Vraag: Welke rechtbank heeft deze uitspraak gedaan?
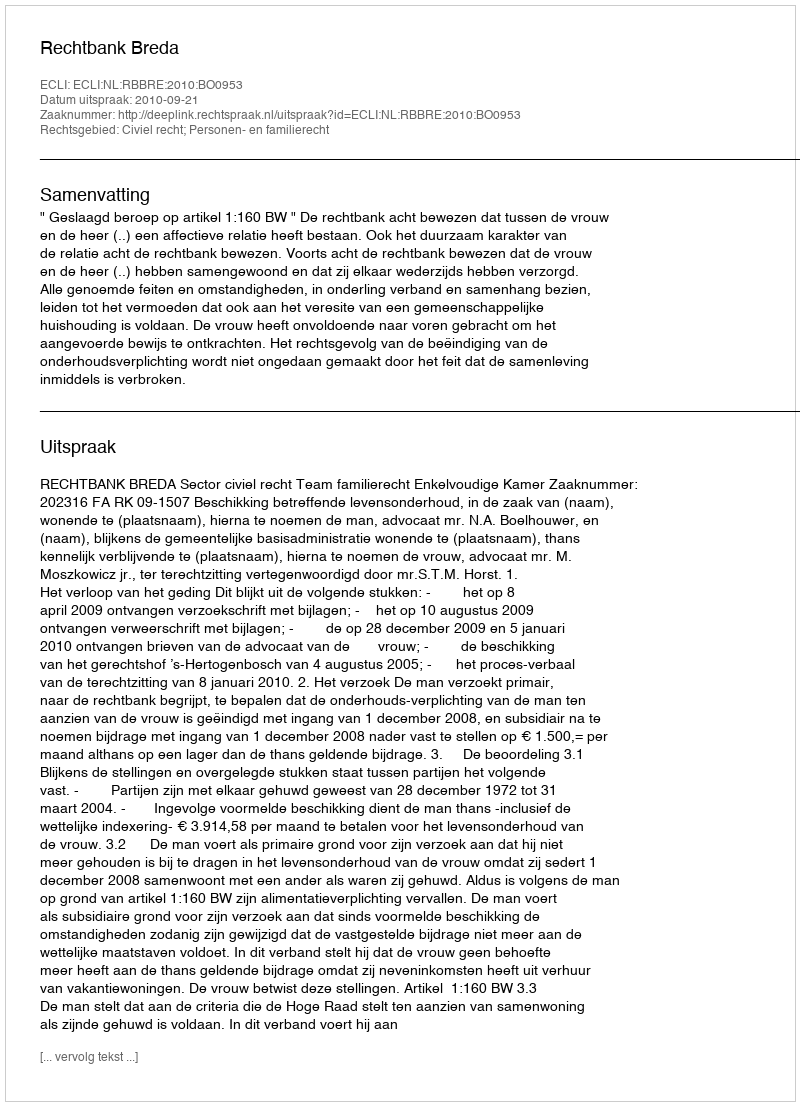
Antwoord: Rechtbank Breda